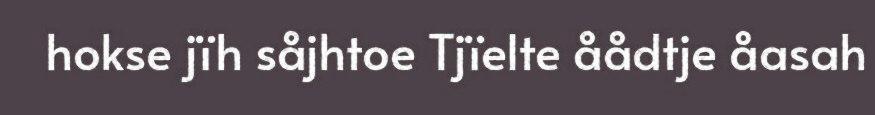
hokse jïh såjhtoe Tjïelte åådtje åasah